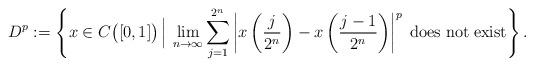
LaTeX: \begin{align*}D^{p}:=\left\{ x\in C\big([0,1]\big)\,\Big|\,\lim_{n\rightarrow\infty}\sum_{j=1}^{2^{n}}\left|x\left(\frac{j}{2^{n}}\right)-x\left(\frac{j-1}{2^{n}}\right)\right|^{p}\;\mathrm{does\;not\;exist}\right\} .\end{align*}